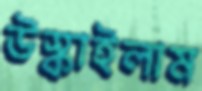
উস্‌কাইলাম